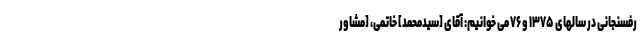
رفسنجانی در سالهای ۱۳۷۵ و ۷۶ می خوانیم: آقای [سیدمحمد] خاتمی، [مشاور